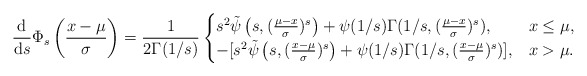
\begin{align*}\frac{\mathrm{d}}{\mathrm{d}s}\Phi_s\left(\frac{x-\mu}{\sigma}\right)&=\frac{1}{2\Gamma(1/s)}\begin{cases}s^2\tilde\psi\left( s, (\frac{\mu-x}{\sigma})^s\right)+ \psi(1/s)\Gamma(1/s, (\frac{\mu-x}{\sigma})^s),&x\leq\mu,\\-[s^2\tilde\psi\left( s, (\frac{x-\mu}{\sigma})^s\right)+ \psi(1/s)\Gamma(1/s, (\frac{x-\mu}{\sigma})^s)],&x>\mu.\end{cases}\end{align*}